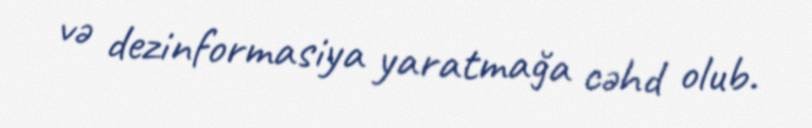
və dezinformasiya yaratmağa cəhd olub.